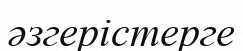
әзгерістерге